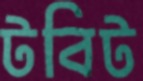
টবিট